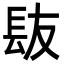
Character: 𮣹